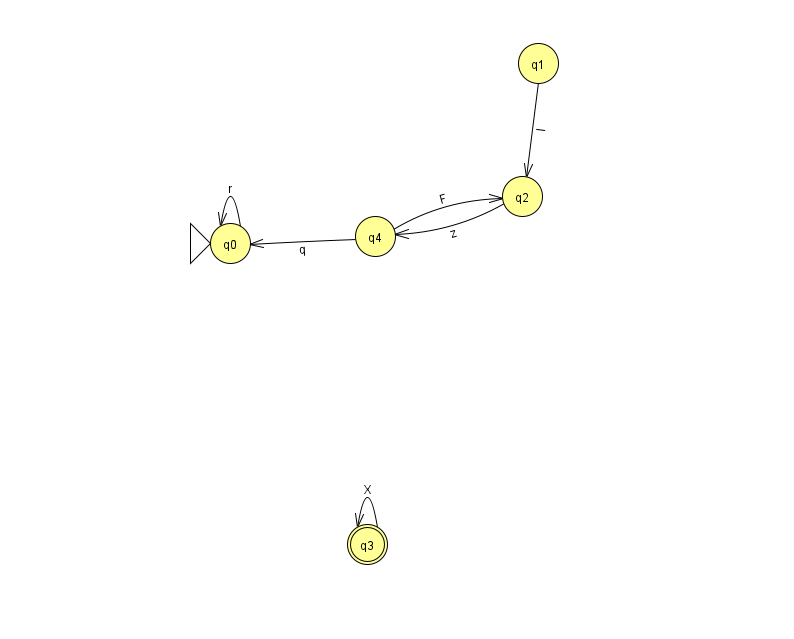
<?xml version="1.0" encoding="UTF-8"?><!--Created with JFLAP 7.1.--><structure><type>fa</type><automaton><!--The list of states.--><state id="0" name="q0"><x>230.0</x><y>230.0</y><initial/></state><state id="1" name="q1"><x>538.0</x><y>50.0</y></state><state id="2" name="q2"><x>522.0</x><y>183.0</y></state><state id="3" name="q3"><x>367.0</x><y>531.0</y><final/></state><state id="4" name="q4"><x>375.0</x><y>223.0</y></state><!--The list of transitions.--><transition><from>0</from><to>0</to><read>r</read></transition><transition><from>2</from><to>4</to><read>z</read></transition><transition><from>1</from><to>2</to><read>I</read></transition><transition><from>3</from><to>3</to><read>X</read></transition><transition><from>4</from><to>0</to><read>q</read></transition><transition><from>4</from><to>2</to><read>F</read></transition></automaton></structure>